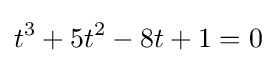
t^{3}+5t^{2}-8t+1=0